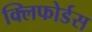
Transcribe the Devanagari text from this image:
क्लिफोर्डस